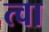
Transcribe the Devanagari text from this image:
त्‍वा